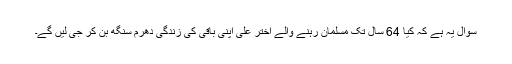
سوال یہ ہے کہ کیا 64 سال تک مسلمان رہنے والے اختر علی اپنی باقی کی زندگی دھرم سنگھ بن کر جی لیں گے۔